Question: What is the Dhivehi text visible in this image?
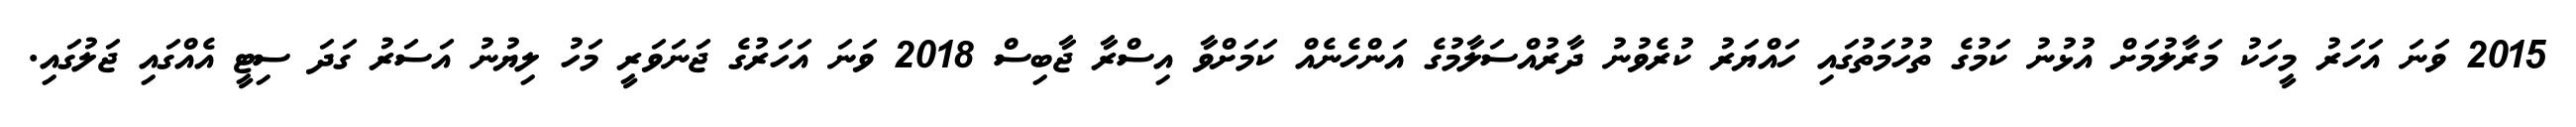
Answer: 2015 ވަނަ އަހަރު މީހަކު މަރާލުމަށް އުޅުނު ކަމުގެ ތުހުމަތުގައި ހައްޔަރު ކުރެވުނު ދާރުއްސަލާމުގެ އަންހެނެއް ކަމަށްވާ އިސްރާ ޖާބިސް 2018 ވަނަ އަހަރުގެ ޖަނަވަރީ މަހު ލިޔުނު އަސަރު ގަދަ ސިޓީ އެއްގައި ޖަލުގައި.